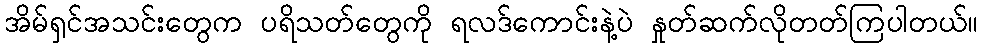
အိမ်ရှင်အသင်းတွေက ပရိသတ်တွေကို ရလဒ်ကောင်းနဲ့ပဲ နှုတ်ဆက်လိုတတ်ကြပါတယ်။